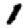
Digit: 1